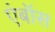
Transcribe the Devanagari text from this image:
एंबॉस